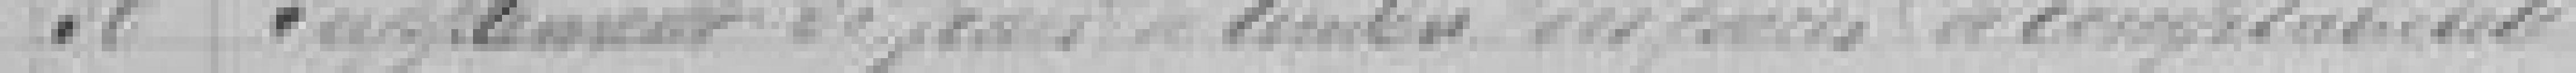
30. Supplément de frais de timbre des pièces de comptabilité.